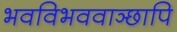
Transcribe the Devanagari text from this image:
भवविभववाञ्छापि